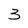
Character: 3